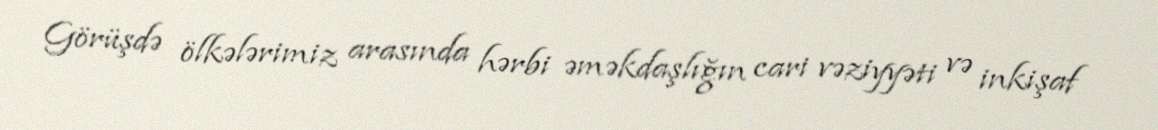
Görüşdə ölkələrimiz arasında hərbi əməkdaşlığın cari vəziyyəti və inkişaf